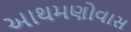
આથમણોવાસ